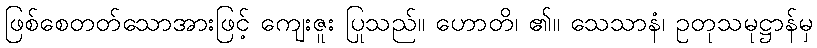
ဖြစ်စေတတ်သောအားဖြင့် ကျေးဇူး ပြုသည်။ ဟောတိ၊ ၏။ သေသာနံ၊ ဥတုသမုဋ္ဌာန်မှ